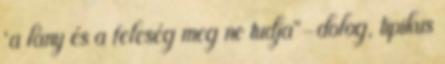
“a lány és a feleség meg ne tudja”-dolog, tipikus